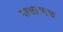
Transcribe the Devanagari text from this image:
नासात्मक